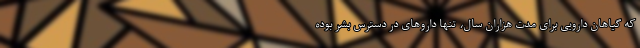
که گیاهان دارویی برای مدت هزاران سال، تنها داروهای در دسترس بشر بوده